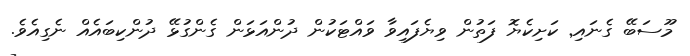
މޫސަބޭ ގެނައި